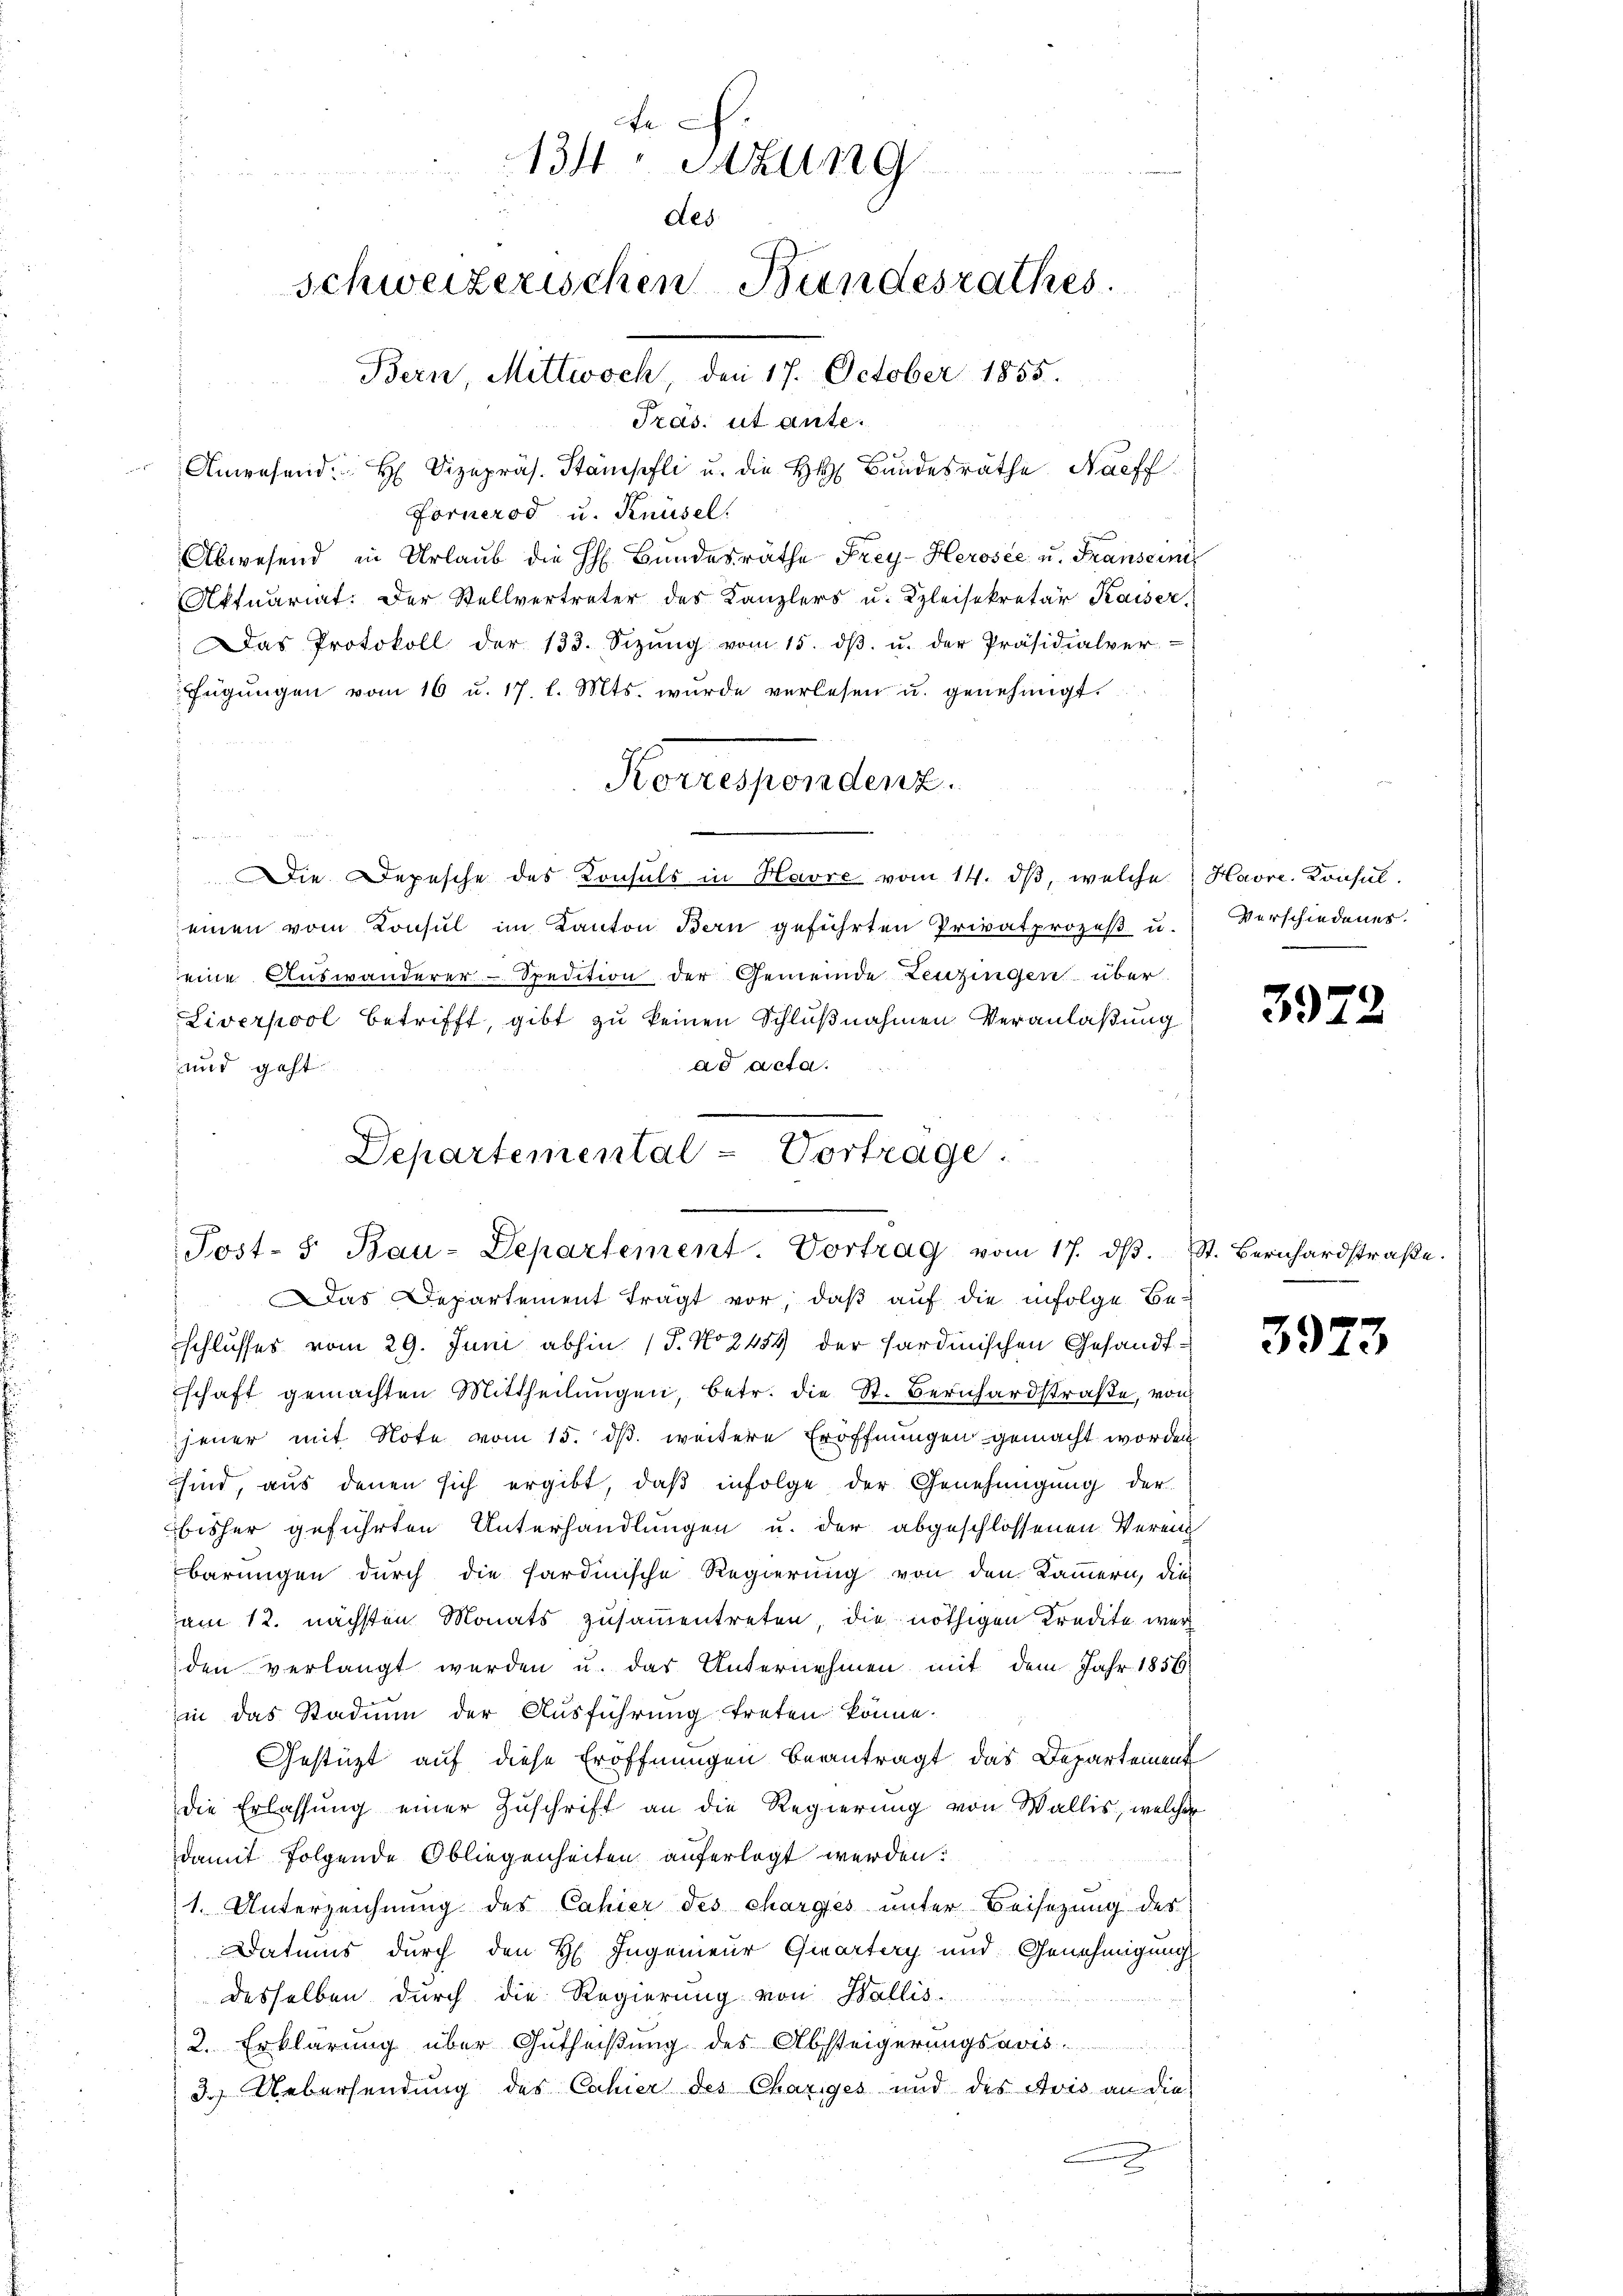
c.
134. Satzung
des
Schweizerischen Bundesrathes.
Bern, Mittwoch, den 17. October 1855.
Träs: ut ante.

Anwesend. H. Vizepräs. Stämpfli u. die H. Bandesräthe Nachf

Fornerod u. Knüsel!
Abwesend in Urlaub die H. Bundesräthe Frey-Herosee u. Franseine
Aktuariat. Der Stellvertreter des Kanzlers u. Kleisekretär Kaiser,
: Das Protokoll der 133. Sizŭng vom 15. dβ. u. der Präsidialver
fügŭngen vom 16 u. 17. l. Mts. wurde verlesen u. genehmigt.
Korrespondenz.
.
Die Depesche des Konsuls in Havre vom 14. dβ, welche Havre. Konsul-
einen vom Konsul im Kanton Bern geführten Privatprozeβ u.
eine Auswanderer-Spedition der Gemeinde Leuzingen über
Liverpool betrifft, gibt zu keinen Schlußnahmen Veranlaßung
ad acta.
und geht.

Departemental-Vortrage.
Post- 5. Bau-Departement. Vortrag vom 17. dβ. St. Bernhardstraβe.

as Departement trägt vor, daß auf die infolge Be-
schlusses vom 29. Juni abhin 17. No 2454 der sardinischen Gesandtschaft gemachten Mittheilungen, betr. die St. Bernhardstraße, von
jener mit Note vom 15. ds. weitere Eröffnungen gemacht worden
sind, aus denen sich ergibt, daβ infolge der Genehmigung der
bisher geführten Unterhandlungen u. der abgeschlossenen Verei
barungen durch die sardinische Regierung von den Kammern, die
am 12. nächsten Monats zusammentreten, die nöthigen Kredite werden verlangt werden u. das Unternehmen mit dem Jahr 1856
in das Stadium der Ausführung treten könne.
Gestüzt auf diese Eröffnungen beantragt das Departement
die Erlassung einer Zuschrift an die Regierung von Wallis, welcher
damit folgende Obliegenheiten auferlegt werden.
1. Unterzeichnung des Cahier des charges unter Beisezung des
Datums durch den H. Ingenieur Quartery und Genehmigung
desselben durch die Regierung von Wallis
2. Erklärung über Gutheißung des Absteigerungsavis
3. Uebersendung des Cahier des Chariges und des Avis an die
u

Verschiedenes.

392

3973